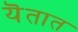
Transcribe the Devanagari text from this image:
यॆतात